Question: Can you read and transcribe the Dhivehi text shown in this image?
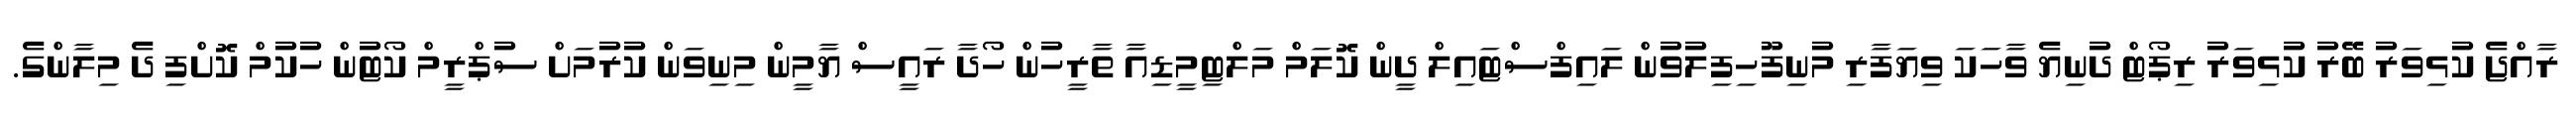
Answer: ރާއްޖެ ކުޅިވަރު ބޭރު ކުޅިވަރު ރިޕޯޓް ދުނިޔެ ވާހަކަ ވިޔަފާރި މުނިފޫހިފިލުވުން ލައިފްސްޓައިލް ދީން ކޮލަމް މަލްޓިމީޑިއާ ތާރީހުން ހޯދާ ރައީސް ޔާމީން މިނިވަން ކުރުމަށް ސުޕްރީމް ކޯޓުން ހުކުމް ކޮށްފި ދެ މިލާންގެ.